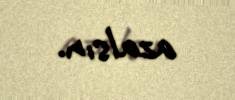
azalsın.